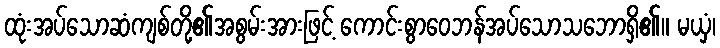
ထုံးအပ်သောဆံကျစ်တို့၏အစွမ်းအားဖြင့် ကောင်းစွာဝေဘန်အပ်သောသဘောရှိ၏။ မယှံ၊